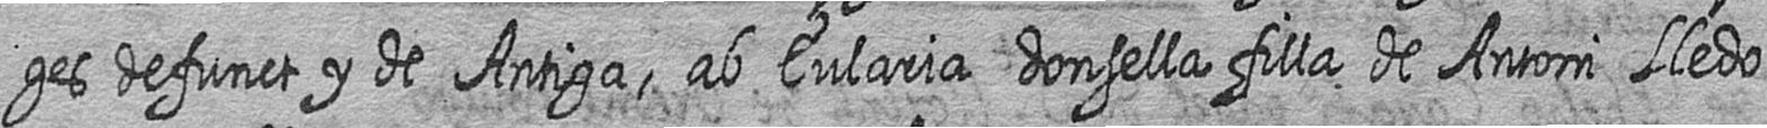
ges defunct y de Antiga ab Eularia donsella filla de Antoni Lledo